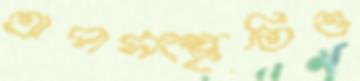
অপসংস্কৃতিও